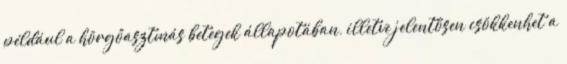
például a hörgőasztmás betegek állapotában, illetve jelentősen csökkenhet a